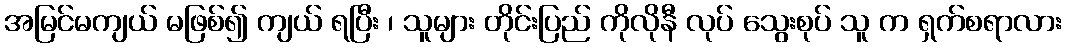
အမြင်မကျယ် မဖြစ်၍ ကျယ် ရပြီး ၊ သူများ တိုင်းပြည် ကိုလိုနီ လုပ် သွေးစုပ် သူ က ရှက်စရာလား